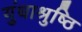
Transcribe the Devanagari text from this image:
युंधाश्रुष्ठि